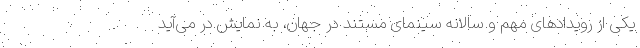
یکی از رویدادهای مهم و سالانه سینمای مستند در جهان، به نمایش در می‌آید